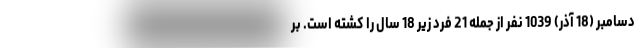
دسامبر (18 آذر) 1039 نفر از جمله 21 فرد زیر 18 سال را کشته است. بر